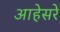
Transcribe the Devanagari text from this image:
आहेसरे